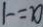
a = - 1